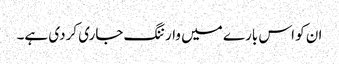
ان کو اس بارے میں وارننگ جاری کردی ہے۔